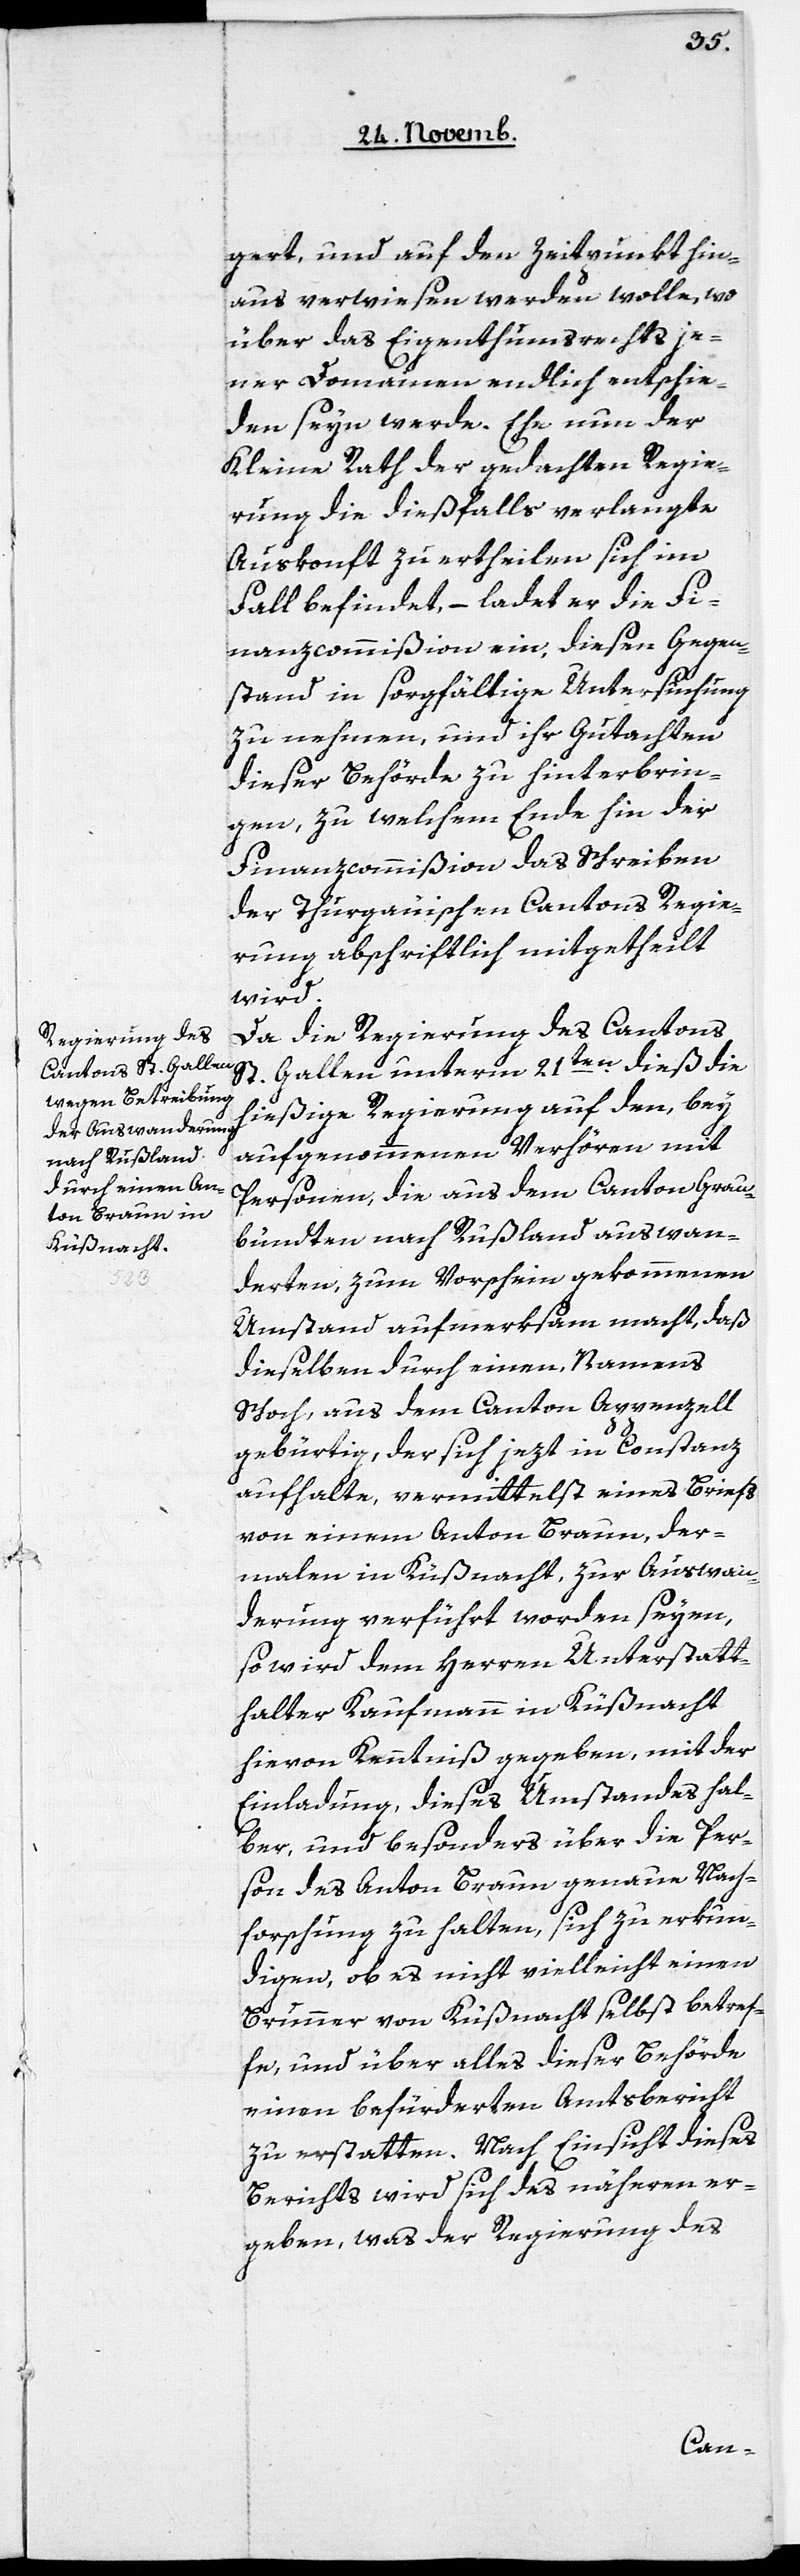
gert, und auf den Zeitpunkt hin¬
aus verwiesen werden wolle, wo
über das Eigenthumsrechts je¬
ner Domainen endlich entschie¬
den seyn werde. Ehe nun der
Kleine Rath der gedachten Regie¬
rung die dießfalls verlangte
Auskonft zu ertheilen sich im
Fall befindet, – ladet er die Fi¬
nanzcommißion ein, diesen Gegen¬
stand in sorgfältige Untersuchung
zu nehmen, und ihr Gutachten
dieser Behörde zu hinterbrin¬
gen, zu welchem Ende hin der
Finanzcommißion das Schreiben
der Thurgauischen Cantons[-]Regie¬
rung abschriftlich mitgetheilt
wird.
Da die Regierung des Cantons
St. Gallen unterm 21ten. dieß die
hießige Regierung auf den, bey
aufgenommenen Verhören mit
Personen, die aus dem Canton Grau¬
bündten nach Rußland auswan¬
derten, zum Vorschein gekommenen
Umstand aufmerksam macht, daß
dieselben durch einen, Namens
Schoch, aus dem Canton Appenzell
gebürtig, der sich jetzt in Constanz
aufhalte, vermittelst eines Briefs
von einem Anton Braun, der¬
mahlen in Küßnacht, zur Auswan¬
derung verführt worden seyen,
so wird dem Herren Unterstatt¬
halter Kaufmann in Küßnacht
hievon Kenntniß gegeben, mit der
Einladung, dieses Umstandes hal¬
ber, und besonders über die Per¬
son des Anton Braun genaue Nach¬
forschung zu halten, sich zu erkun¬
digen, ob es nicht vielleicht einen
Brunner von Küßnacht selbst betref¬
fe, und über alles dieser Behörde
einen befürderten Amtsbericht
zu erstatten. Nach Einsicht dieses
Berichts wird sich des näheren er¬
geben, was der Regierung des